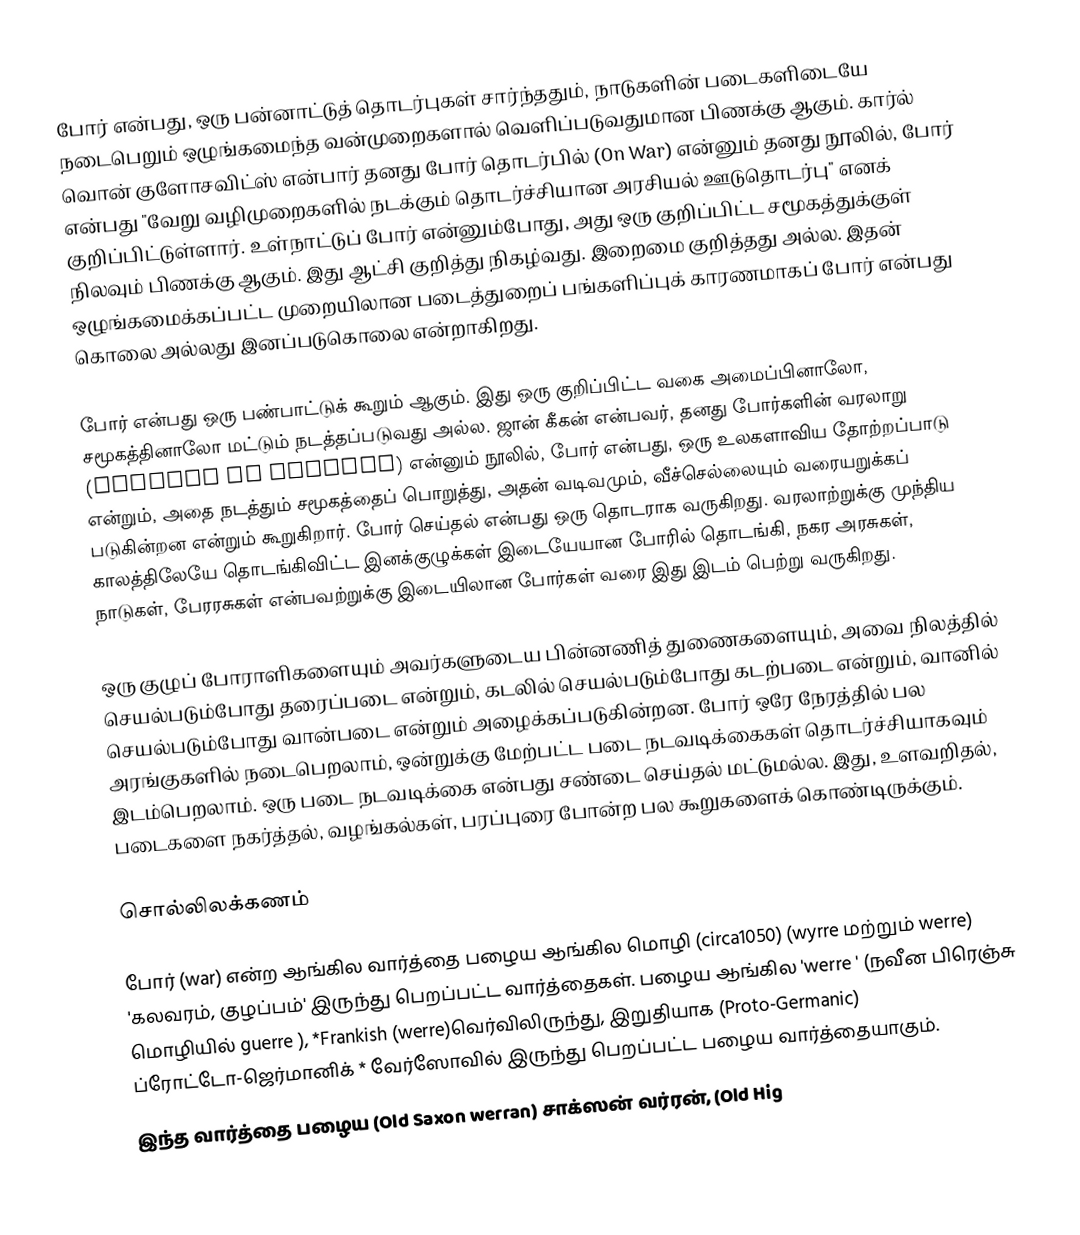
போர் என்பது, ஒரு பன்னாட்டுத் தொடர்புகள் சார்ந்ததும், நாடுகளின் படைகளிடையே நடைபெறும் ஒழுங்கமைந்த வன்முறைகளால் வெளிப்படுவதுமான பிணக்கு ஆகும். கார்ல் வொன் குளோசவிட்ஸ் என்பார் தனது போர் தொடர்பில் (On War) என்னும் தனது நூலில், போர் என்பது "வேறு வழிமுறைகளில் நடக்கும் தொடர்ச்சியான அரசியல் ஊடுதொடர்பு" எனக் குறிப்பிட்டுள்ளார். உள்நாட்டுப் போர் என்னும்போது, அது ஒரு குறிப்பிட்ட சமூகத்துக்குள் நிலவும் பிணக்கு ஆகும். இது ஆட்சி குறித்து நிகழ்வது. இறைமை குறித்தது அல்ல. இதன் ஒழுங்கமைக்கப்பட்ட முறையிலான படைத்துறைப் பங்களிப்புக் காரணமாகப் போர் என்பது கொலை அல்லது இனப்படுகொலை என்றாகிறது.

போர் என்பது ஒரு பண்பாட்டுக் கூறும் ஆகும். இது ஒரு குறிப்பிட்ட வகை அமைப்பினாலோ, சமூகத்தினாலோ மட்டும் நடத்தப்படுவது அல்ல. ஜான் கீகன் என்பவர், தனது போர்களின் வரலாறு (History Of Warfare) என்னும் நூலில், போர் என்பது, ஒரு உலகளாவிய தோற்றப்பாடு என்றும், அதை நடத்தும் சமூகத்தைப் பொறுத்து, அதன் வடிவமும், வீச்செல்லையும் வரையறுக்கப் படுகின்றன என்றும் கூறுகிறார். போர் செய்தல் என்பது ஒரு தொடராக வருகிறது. வரலாற்றுக்கு முந்திய காலத்திலேயே தொடங்கிவிட்ட இனக்குழுக்கள் இடையேயான போரில் தொடங்கி, நகர அரசுகள், நாடுகள், பேரரசுகள் என்பவற்றுக்கு இடையிலான போர்கள் வரை இது இடம் பெற்று வருகிறது.

ஒரு குழுப் போராளிகளையும் அவர்களுடைய பின்னணித் துணைகளையும், அவை நிலத்தில் செயல்படும்போது தரைப்படை என்றும், கடலில் செயல்படும்போது கடற்படை என்றும், வானில் செயல்படும்போது வான்படை என்றும் அழைக்கப்படுகின்றன. போர் ஒரே நேரத்தில் பல அரங்குகளில் நடைபெறலாம், ஒன்றுக்கு மேற்பட்ட படை நடவடிக்கைகள் தொடர்ச்சியாகவும் இடம்பெறலாம். ஒரு படை நடவடிக்கை என்பது சண்டை செய்தல் மட்டுமல்ல. இது, உளவறிதல், படைகளை நகர்த்தல், வழங்கல்கள், பரப்புரை போன்ற பல கூறுகளைக் கொண்டிருக்கும்.

சொல்லிலக்கணம்

போர் (war) என்ற ஆங்கில வார்த்தை பழைய ஆங்கில மொழி (circa1050) (wyrre மற்றும் werre) 'கலவரம், குழப்பம்' இருந்து பெறப்பட்ட  வார்த்தைகள். பழைய ஆங்கில 'werre ' (நவீன பிரெஞ்சு மொழியில் guerre ), *Frankish (werre)வெர்விலிருந்து, இறுதியாக (Proto-Germanic) ப்ரோட்டோ-ஜெர்மானிக் * வேர்ஸோவில் இருந்து பெறப்பட்ட பழைய வார்த்தையாகும்.
இந்த வார்த்தை பழைய (Old Saxon werran) சாக்ஸன் வர்ரன், (Old Hig